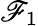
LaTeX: \mathscr{F}_{1}